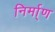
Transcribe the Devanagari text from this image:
निर्मा्ण